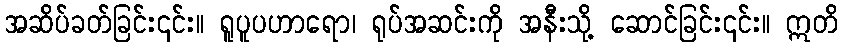
အဆိပ်ခတ်ခြင်း၎င်း။ ရူပူပဟာရော၊ ရုပ်အဆင်းကို အနီးသို့ ဆောင်ခြင်း၎င်း။ ဣတိ